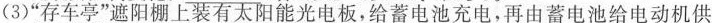
(3)”存车亭”遮阳棚上装有太阳能光电板，给蓄电池充电，再由蓄电池给电动机供